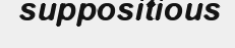
suppositious